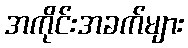
အကိုင်းအခက်များ